Indian journal of veterinary science and animal husbandry - Volumes 18-21, 1948-1951
Year: 1948
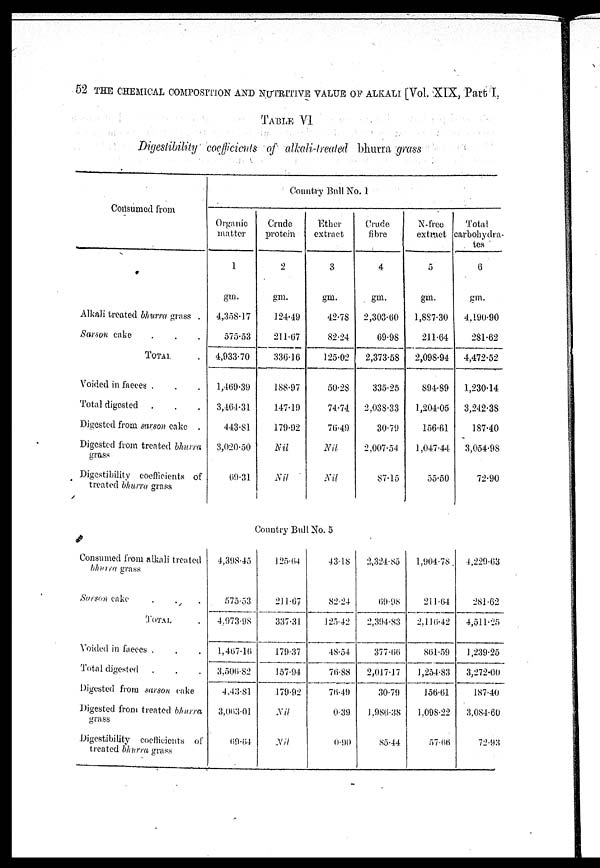
52 THE CHEMICAL COMPOSITION AND NUTRITIVE VALUE OF ALKALI [Vol. XIX, Part I,
TABLE VI
Digestibility coefficients of alkali-treated bhurra grass
Consumed from
Alkali treated bhurra grass .
Sarson cake . . .
TOTAL .
Voided in faeces . . .
Total digested . . .
Digested from sarson cake .
Digested from treated bhurra
grass
Digestibility coefficients of
treated bhurra grass
Country Bull No. 1
Organic
matter
1
gm.
4,358.17
575.53
4,933.70
1,469.39
3,464.31
443.81
3,020.50
69.31
Crude
protein
2
gm.
124.49
211.67
336.16
188.97
147.19
179.92
Nil
Nil
Ether
extract
3
gm.
42.78
82.24
125.02
50.28
74.74
76.49
Nil.
Nil
Crude
fibre
4
gm.
2,303.60
69.98
2,373.58
335.25
2,038.33
30.79
2,007.54
87.15
N-free
extract
5
gm.
1,887.30
211.64
2,098.94
894.89
1,204.05
156.61
1,047.44
55.50
Total
carbohydra-
tes
6
gm.
4,190.90
281.62
4,472.52
1,230.14
3,242.38
187.40
3,054.98
72.90
Country Bull No. 5
Consumed from alkali treated
bhurra grass
Sarson cake . . .
TOTAL .
Voided in faeces . . .
Total digested . . .
Digested from surson cake
Digested from treated bhurra
grass
Digestibility coefficients of
treated bhurra grass
4,398.45
575.53
4,973.98
1,467.16
3,506.82
4,43.81
3,063.01
69.64
125.64
211.67
337.31
179.37
157.94
179.92
Nil
Nil
43.18
82.24
125.42
48.54
76.88
76.49
0.39
0.90
2,324.85
69.98
2,394.83
377.66
2,017.17
30.79
1.986.38
85.44
1,904.78
211.64
2,116.42
861.59
1,254.83
156.61
1.098.22
57.66
4,229.63
281.62
4,511.25
1,239.25
3,272.00
187.40
3.084.60
72.93